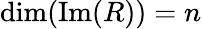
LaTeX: \mathrm{dim(Im}(R))=n